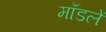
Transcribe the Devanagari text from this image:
मॉडलें